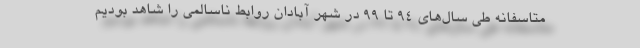
متاسفانه طی سال‌های ۹۴ تا ۹۹ در شهر آبادان روابط ناسالمی را شاهد بودیم